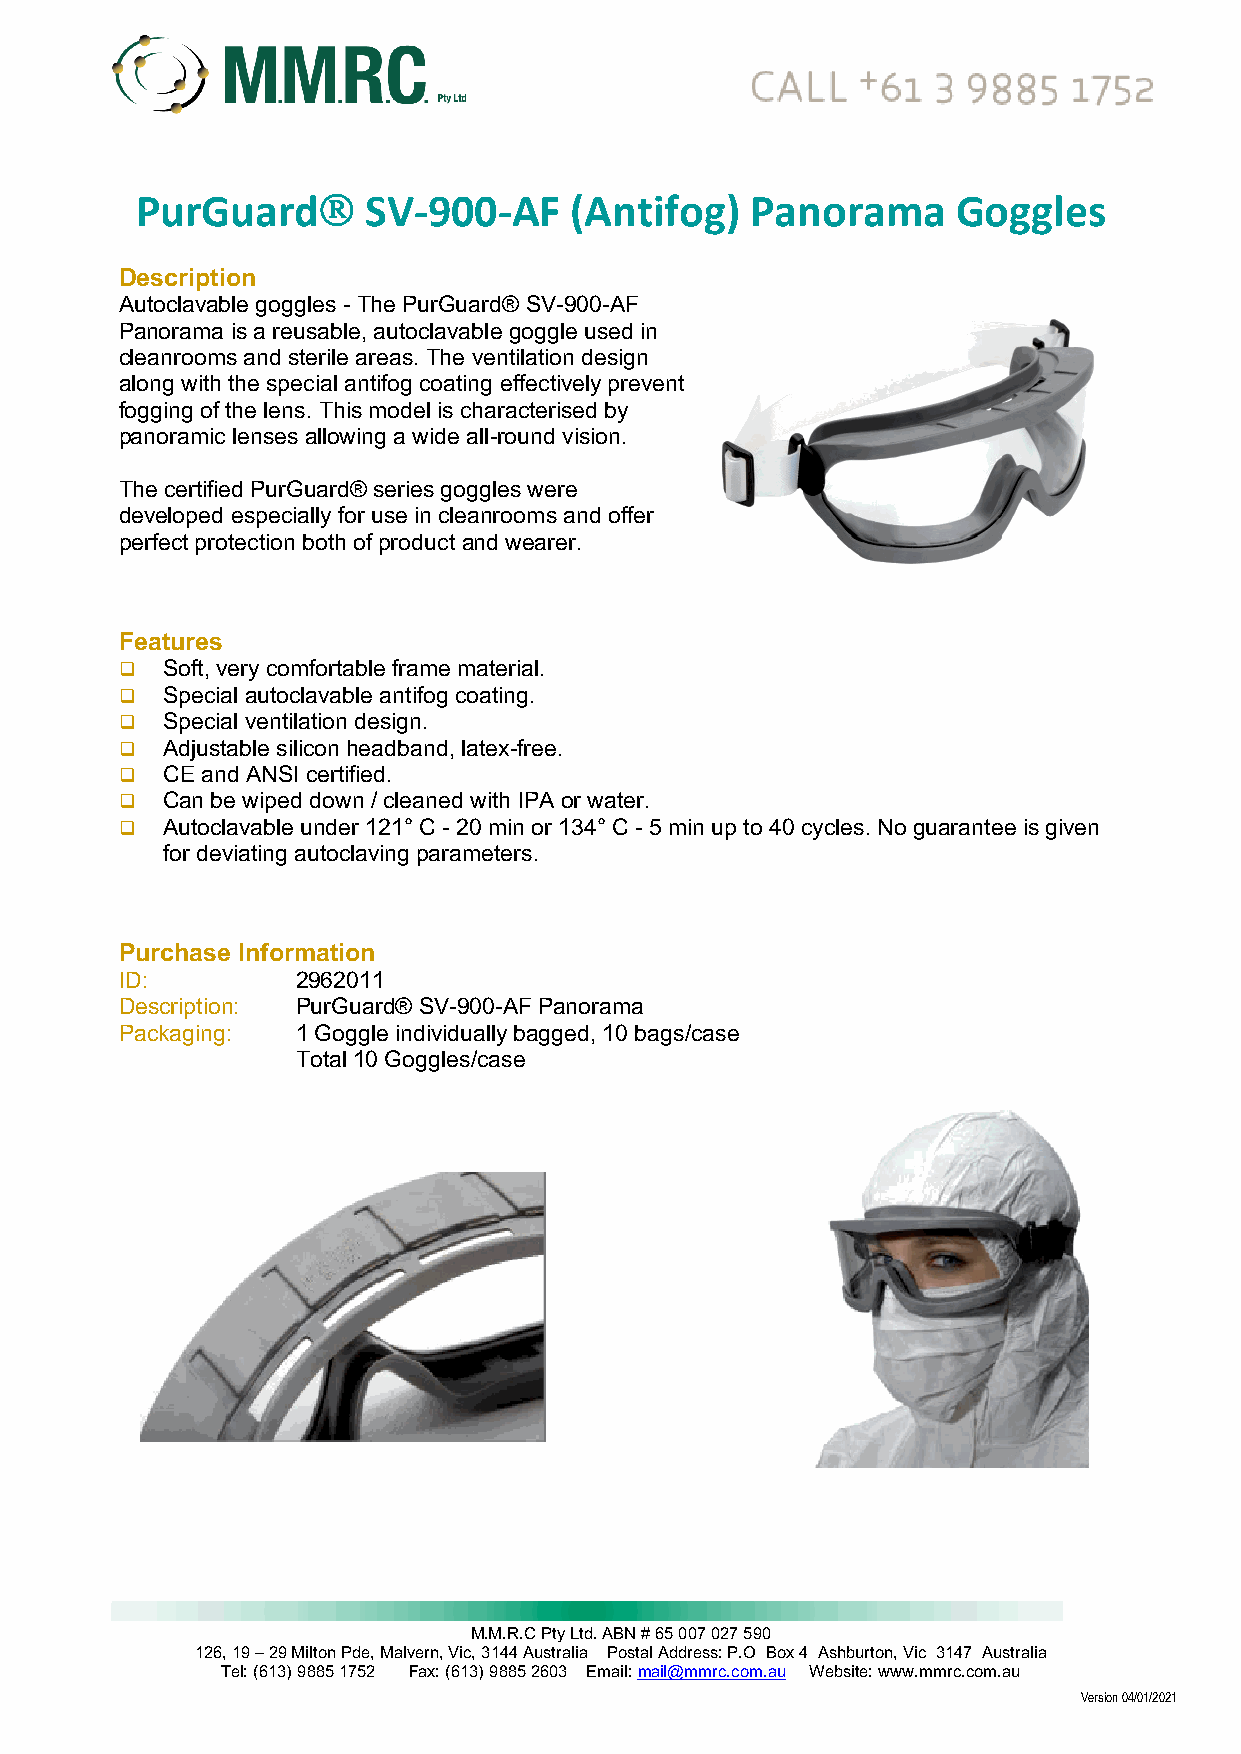
PurGuardÒ      SV-900-AF     (Antifog)   Panorama     Goggles
 Description
 Autoclavable goggles - The PurGuard® SV-900-AF
 Panorama is a reusable, autoclavable goggle used in
 cleanrooms and sterile areas. The ventilation design
 along with the special antifog coating effectively prevent
 fogging of the lens. This model is characterised by
 panoramic lenses allowing a wide all-round vision.
 The certified PurGuard® series goggles were
 developed especially for use in cleanrooms and offer
 perfect protection both of product and wearer.
 Features
 q  Soft, very comfortable frame material.
 q  Special autoclavable antifog coating.
 q  Special ventilation design.
 q  Adjustable silicon headband, latex-free.
 q  CE and ANSI certified.
 q  Can be wiped down / cleaned with IPA or water.
 q  Autoclavable under 121° C - 20 min or 134° C - 5 min up to 40 cycles. No guarantee is given
 for deviating autoclaving parameters.
 Purchase Information
 ID:         2962011
 Description: PurGuard® SV-900-AF Panorama
 Packaging:  1 Goggle individually bagged, 10 bags/case
 Total 10 Goggles/case
 M.M.R.C Pty Ltd. ABN # 65 007 027 590
 126, 19 – 29 Milton Pde, Malvern, Vic, 3144 Australia Postal Address: P.O Box 4 Ashburton, Vic 3147 Australia
 Tel: (613) 9885 1752 Fax: (613) 9885 2603 Email: mail@mmrc.com.au Website: www.mmrc.com.au
 Version 04/01/2021